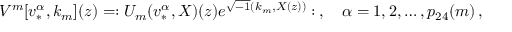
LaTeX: { \cal V } ^ { m } [ v _ { * } ^ { \alpha } , k _ { m } ] ( z ) = : U _ { m } ( v _ { * } ^ { \alpha } , X ) ( z ) e ^ { \sqrt { - 1 } ( k _ { m } , X ( z ) ) } : \, , \quad \alpha = 1 , 2 , \ldots , p _ { 2 4 } ( m ) \, ,